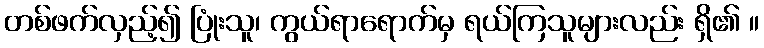
တစ်ဖက်လှည့်၍ ပြုံးသူ၊ ကွယ်ရာရောက်မှ ရယ်ကြသူများလည်း ရှိ၏ ။